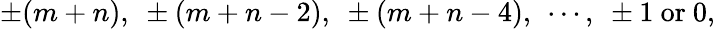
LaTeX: \pm(m+n),~\pm(m+n-2),~\pm(m+n-4),~\cdots,~\pm 1~\mathrm{or}~0,